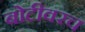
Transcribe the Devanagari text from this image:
बोटीवरच